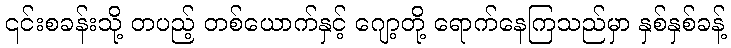
၎င်းစခန်းသို့ တပည့် တစ်ယောက်နှင့် ဂျော့တို့ ရောက်နေကြသည်မှာ နှစ်နှစ်ခန့်